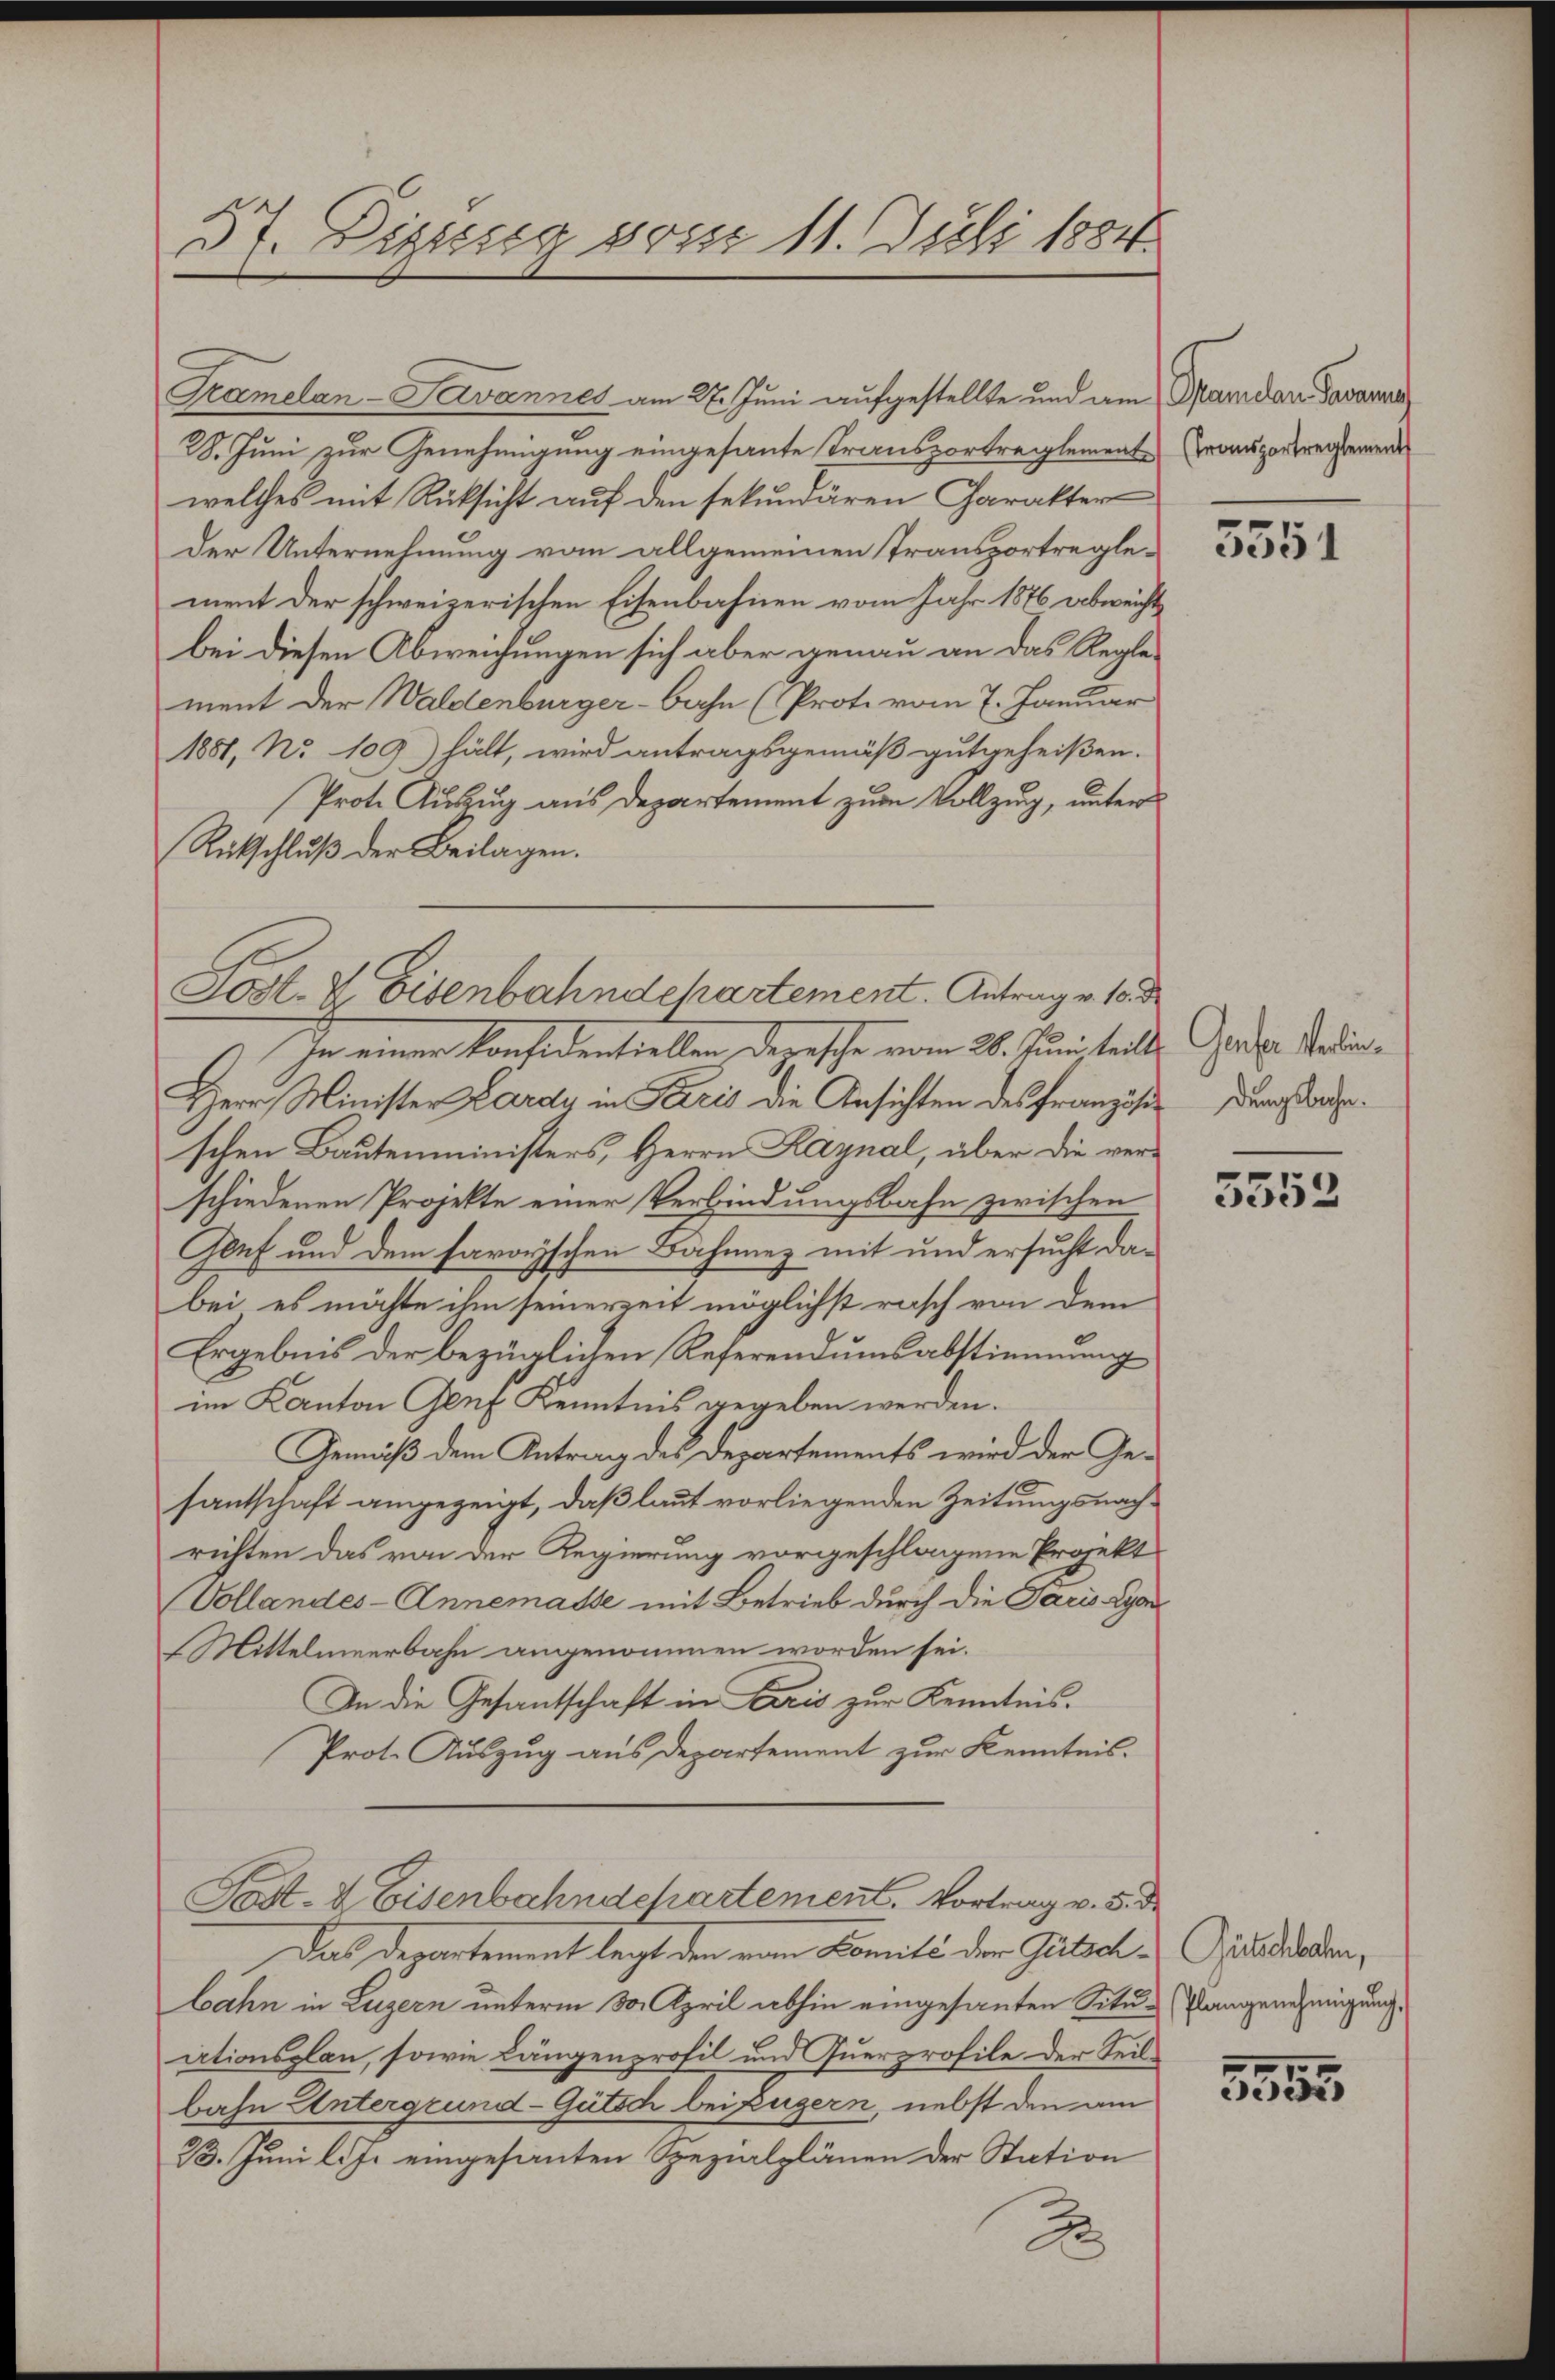
37. Diesig vom 11. Juli 1884

Gramelan-Savannes am 27. Juni aufgestellte und am Pfandau Javanna
28. Juni zur Genehmigung eingesante Transportreglementwelches mit Rücksicht auf den sekundären Charakter
der Unternehmung vom allgemeinen Transportreglement der schweizerischen Eisenbahnen vom Jahr 1876 abweicht
bei diesen Abweichungen sich aber genau an das Regle-
ment der Waldenburger-Bahn (Prote vom 7. Januar
1881, No 109) hält, wird antragsgemäß gutgeheißen.
Prote Auszug aus Departement zum Vollzung, unter
Rütschluß der Beilagen.
In einen Konfidentiellen Depesche vom 26. Juni teils Garte. Jeder¬
Herr Minister Lardy in Paris die Ansichten des Französi-Persorgeschen Bautenministers, Herrn Kaynal, über die verschiedenen Projekte einer Verbindungsbahn zwischen
Genf und dem faroyschen Bahnnez mit und ersucht dabei es möchte ihm seinerzeit möglichst rasch von dem
Ergebnis der bezüglichen Referendumsabstimmung
im Kanton Genf Kenntnis gegeben werden.
Gemäß dem Antrag des Departements wird der Gesantschaft angezeigt, daß laut vorliegenden Zeitungsnachrichten das von der Regierung vorgeschlagene Projekt
Vollandes-Annemasse mit Betrieb durch die Paris Lyon
Mittelmeerbahn angenommen worden sei.
In die Gesantschaft in Cris zur Kenntnis.
Prot. Auszug aus Departement zur Kenntnis.
Post- & Eisenbahndchartement. Vortrag v. 5. d.
Das Departement legt den von Famili der Gutschbahn in Luzern unterm 30. April abhin eingesanten Situitionsplan, sowie Längenprofil und Querprofile der Teilbahn Untergrund-Gütsch beizugern, nebst den am
23. Juni l. Js. eingesanten Spezialplänen der Station
2

Post- & Eisenbahndepartement. Antrag v. 10. d

(Transportreglement

3351

5553

Gütschbahn,
Plangenehmigung.

5355